Report of the Indian Hemp Drugs Commission, 1894-1895 - Volume I
Year: 1894
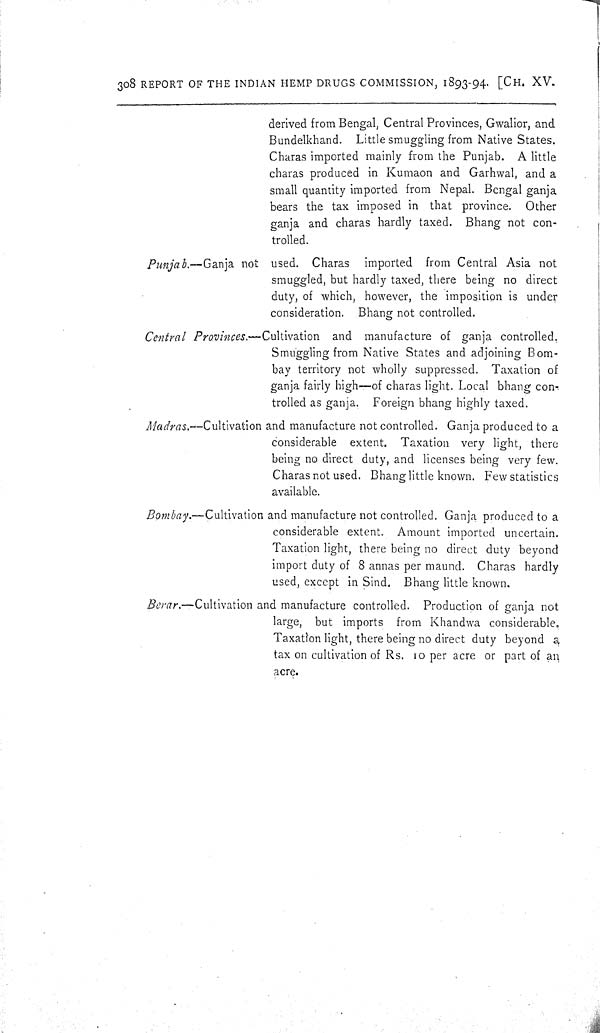
308 REPORT OF THE INDIAN HEMP DRUGS COMMISSION, 1893-94. [CH. XV.
derived from Bengal, Central Provinces, Gwalior, and
Bundelkhand. Little smuggling from Native States.
Charas imported mainly from the Punjab. A little
charas produced in Kumaon and Garhwal, and a
small quantity imported from Nepal. Bengal ganja
bears the tax imposed in that province. Other
ganja and charas hardly taxed. Bhang not con-
trolled.
Punjab.—Ganja
not used. Charas imported from Central Asia not
smuggled, but hardly taxed, there being no direct
duty, of which, however, the imposition is under
consideration. Bhang not controlled.
Central Provinces.—Cultivation
and manufacture of ganja controlled.
Smuggling from Native States and adjoining Bom-
bay territory not wholly suppressed. Taxation of
ganja fairly high—of charas light. Local bhang con-
trolled as ganja. Foreign bhang highly taxed.
Madras.—Cultivation
and manufacture not controlled. Ganja produced to a
considerable extent. Taxation very light, there
being no direct duty, and licenses being very few.
Charas not used. Bhang little known. Few statistics
available.
Bombay.—Cultivation and manufacture not controlled. Ganja produced to a
considerable extent. Amount imported uncertain.
Taxation light, there being no direct duty beyond
import duty of 8 annas per maund. Charas hardly
used, except in Sind. Bhang little known.
Berar.—Cultivation
and manufacture controlled. Production of ganja not
large, but imports from Khandwa considerable.
Taxation light, there being no direct duty beyond a
tax on cultivation of Rs. 10 per acre or part of an
acre.